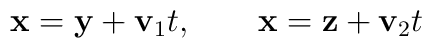
{\bf x}={\bf y}+{\bf v}_{1}t,\qquad {\bf x}={\bf z}+{\bf v}_{2}t